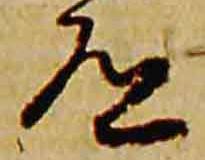
道